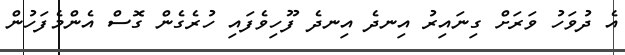
އެ ދުވަހު ވަރަށް ގިނައިރު އިނދެ އިނދެ ފޫހިވެފައި ހުރެގެން ގޮސް އެންމެފަހުން